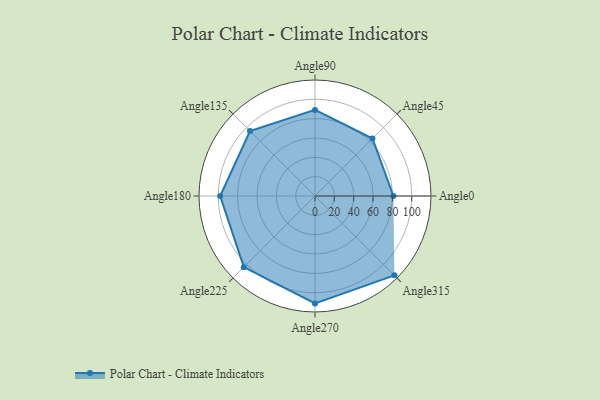
{"axis": {"x": "Angle", "y": "Radius"}, "legend": [""], "data": [{"x": "Angle0", "y": 81.0, "type": ""}, {"x": "Angle45", "y": 84.0, "type": ""}, {"x": "Angle90", "y": 89.0, "type": ""}, {"x": "Angle135", "y": 95.0, "type": ""}, {"x": "Angle180", "y": 98.0, "type": ""}, {"x": "Angle225", "y": 104.0, "type": ""}, {"x": "Angle270", "y": 111.0, "type": ""}, {"x": "Angle315", "y": 116.0, "type": ""}]}